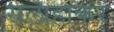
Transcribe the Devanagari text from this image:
सलाहाकर